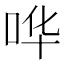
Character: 哗